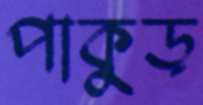
পাকুড়